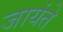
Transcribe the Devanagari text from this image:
जायंते